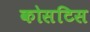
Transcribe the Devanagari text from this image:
कोसटिस